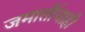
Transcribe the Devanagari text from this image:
जमातींचाही